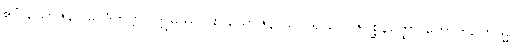
ဧဝံ ယောဇနာ ဝေဒိတဗ္ဗာ။ ဣမိဿာ စ ယောဇနာယ ဝိရာဂေါ ဇိဂုစ္ဆနတ္ထော ဟောတိ, တသ္မာ